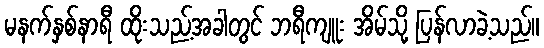
မနက်နှစ်နာရီ ထိုးသည့်အခါတွင် ဘရီကျူး အိမ်သို့ ပြန်လာခဲ့သည်။